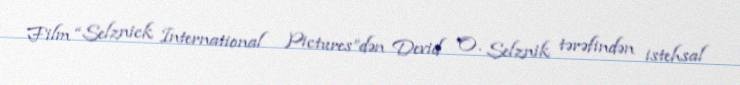
Film “Selznick International Pictures”dən Devid O. Selznik tərəfindən istehsal